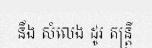
នឹង សំលេង ដូរ តន្ត្រី